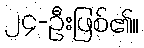
၂၄-ဦးဖြစ်၏။